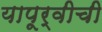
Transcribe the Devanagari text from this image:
यापूर्वीची